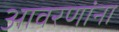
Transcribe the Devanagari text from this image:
आवरणांना